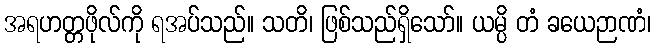
အရဟတ္တဖိုလ်ကို ရအပ်သည်။ သတိ၊ ဖြစ်သည်ရှိသော်။ ယမ္ပိ တံ ခယေဉာဏံ၊